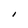
Character: I